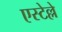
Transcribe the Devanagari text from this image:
एस्टेल्ले